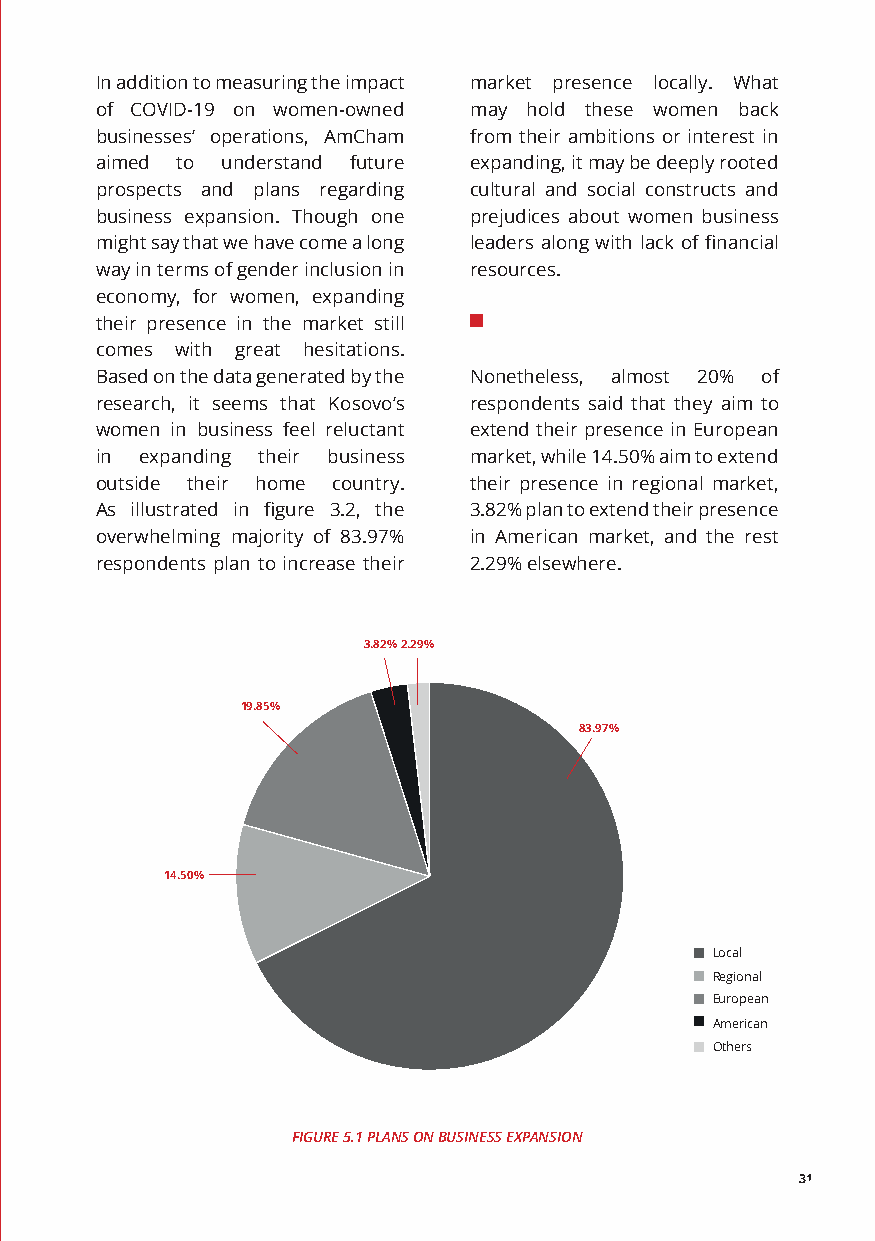
In addition to measuring the impact market presence locally. What
 of COVID-19 on women-owned may hold these women back
 businesses’ operations, AmCham from their ambitions or interest in
 aimed to understand future expanding, it may be deeply rooted
 prospects and plans regarding cultural and social constructs and
 business expansion. Though one prejudices about women business
 might say that we have come a long leaders along with lack of financial
 way in terms of gender inclusion in resources.
 economy, for women, expanding
 their presence in the market still
 comes with great hesitations.
 Based on the data generated by the Nonetheless, almost 20% of
 research, it seems that Kosovo’s respondents said that they aim to
 women in business feel reluctant extend their presence in European
 in expanding their business market, while 14.50% aim to extend
 outside their home country. their presence in regional market,
 As illustrated in figure 3.2, the 3.82% plan to extend their presence
 overwhelming majority of 83.97% in American market, and the rest
 respondents plan to increase their 2.29% elsewhere.
 3.82%2.29%
 19.85%
 83.97%
 14.50%
 Local
 Regional
 European
 American
 Others
 FIGURE 5.1 PLANS ON BUSINESS EXPANSION
 31